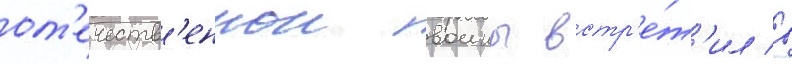
от'ечеств'еннои воины встр'е́т'ил в